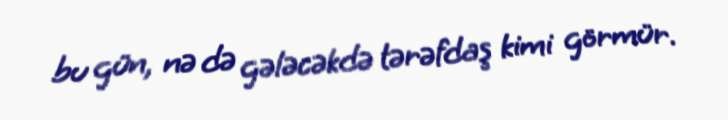
bu gün, nə də gələcəkdə tərəfdaş kimi görmür.